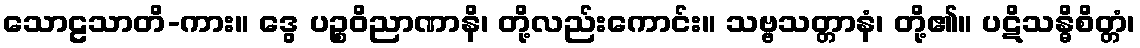
သောဠသာတိ-ကား။ ဒွေ ပဉ္စဝိညာဏာနိ၊ တို့လည်းကောင်း။ သဗ္ဗသတ္တာနံ၊ တို့၏။ ပဋိသန္ဓိစိတ္တံ၊